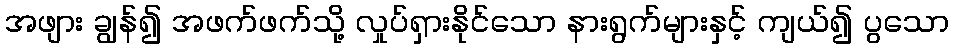
အဖျား ချွန်၍ အဖက်ဖက်သို့ လှုပ်ရှားနိုင်သော နားရွက်များနှင့် ကျယ်၍ ပွသော